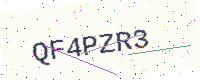
Text: QF4PZR3